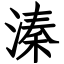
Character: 溱